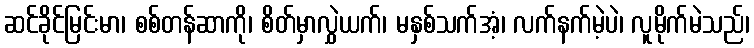
ဆင်ခိုင်မြင်းမာ၊ စစ်တန်ဆာကို၊ စိတ်မှာလွှဲယက်၊ မနှစ်သက်အံ့၊ လက်နက်မဲ့ပဲ၊ လူမိုက်မဲသည်၊